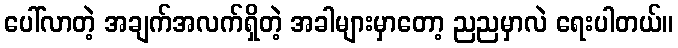
ပေါ်လာတဲ့ အချက်အလက်ရှိတဲ့ အခါများမှာတော့ ညညမှာလဲ ရေးပါတယ်။